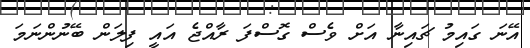
އޭނަ ގައިމު ޗައިނާ އަށް ވެސް ގޮސްފަ ރާއްޖެ އައީ ފިލަން ބޭނުންނަމަ